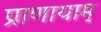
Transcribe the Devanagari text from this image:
प्राणायाम्